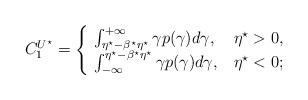
LaTeX: \begin{align*}C_1^{U^{\star}}=\begin{cases}\,\,\int_{\eta^{\star}-\beta^{\star}\eta^{\star}}^{+\infty}{\gamma p(\gamma)d\gamma}, & \eta^{\star} > 0, \\\,\,\int_{-\infty}^{\eta^{\star}-\beta^{\star}\eta^{\star}}{\gamma p(\gamma)d\gamma}, & \eta^{\star} < 0;\end{cases}\end{align*}